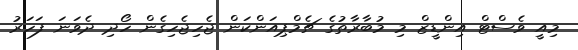
މިއީ ވެސްޓް އިންޑީޒް މި މުބާރާތުގެ ޗެމްޕިއަންކަން ޖެހިޖެހިގެން ހޯދި ދެވަނަ ފަހަރު